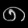
Digit: ၈